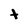
Character: t